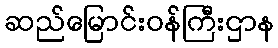
ဆည်မြောင်းဝန်ကြီးဌာန